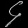
Digit: ၄